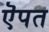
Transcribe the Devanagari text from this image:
ऎपत